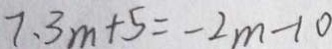
7 . 3 m + 5 = - 2 m - 1 0